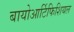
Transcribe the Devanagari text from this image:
बायोआर्टिफिशियल